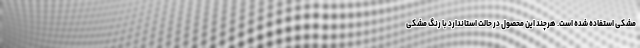
مشکی استفاده شده است. هرچند این محصول در حالت استاندارد با رنگ مشکی